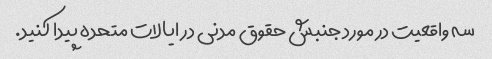
سه واقعیت در مورد جنبش حقوق مدنی در ایالات متحده پیدا کنید.